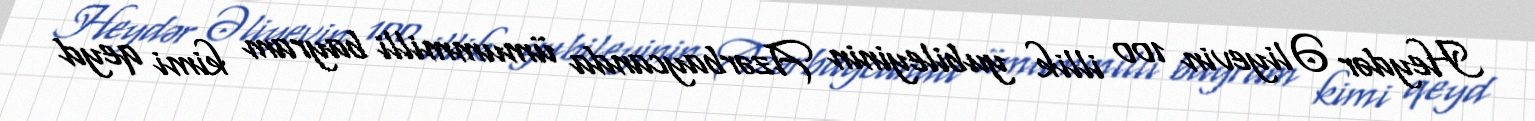
Heydər Əliyevin 100 illik yubileyinin Azərbaycanda ümummilli bayram kimi qeyd